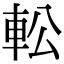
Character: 䡆